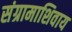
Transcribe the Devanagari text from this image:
संग्रामाशिवाय